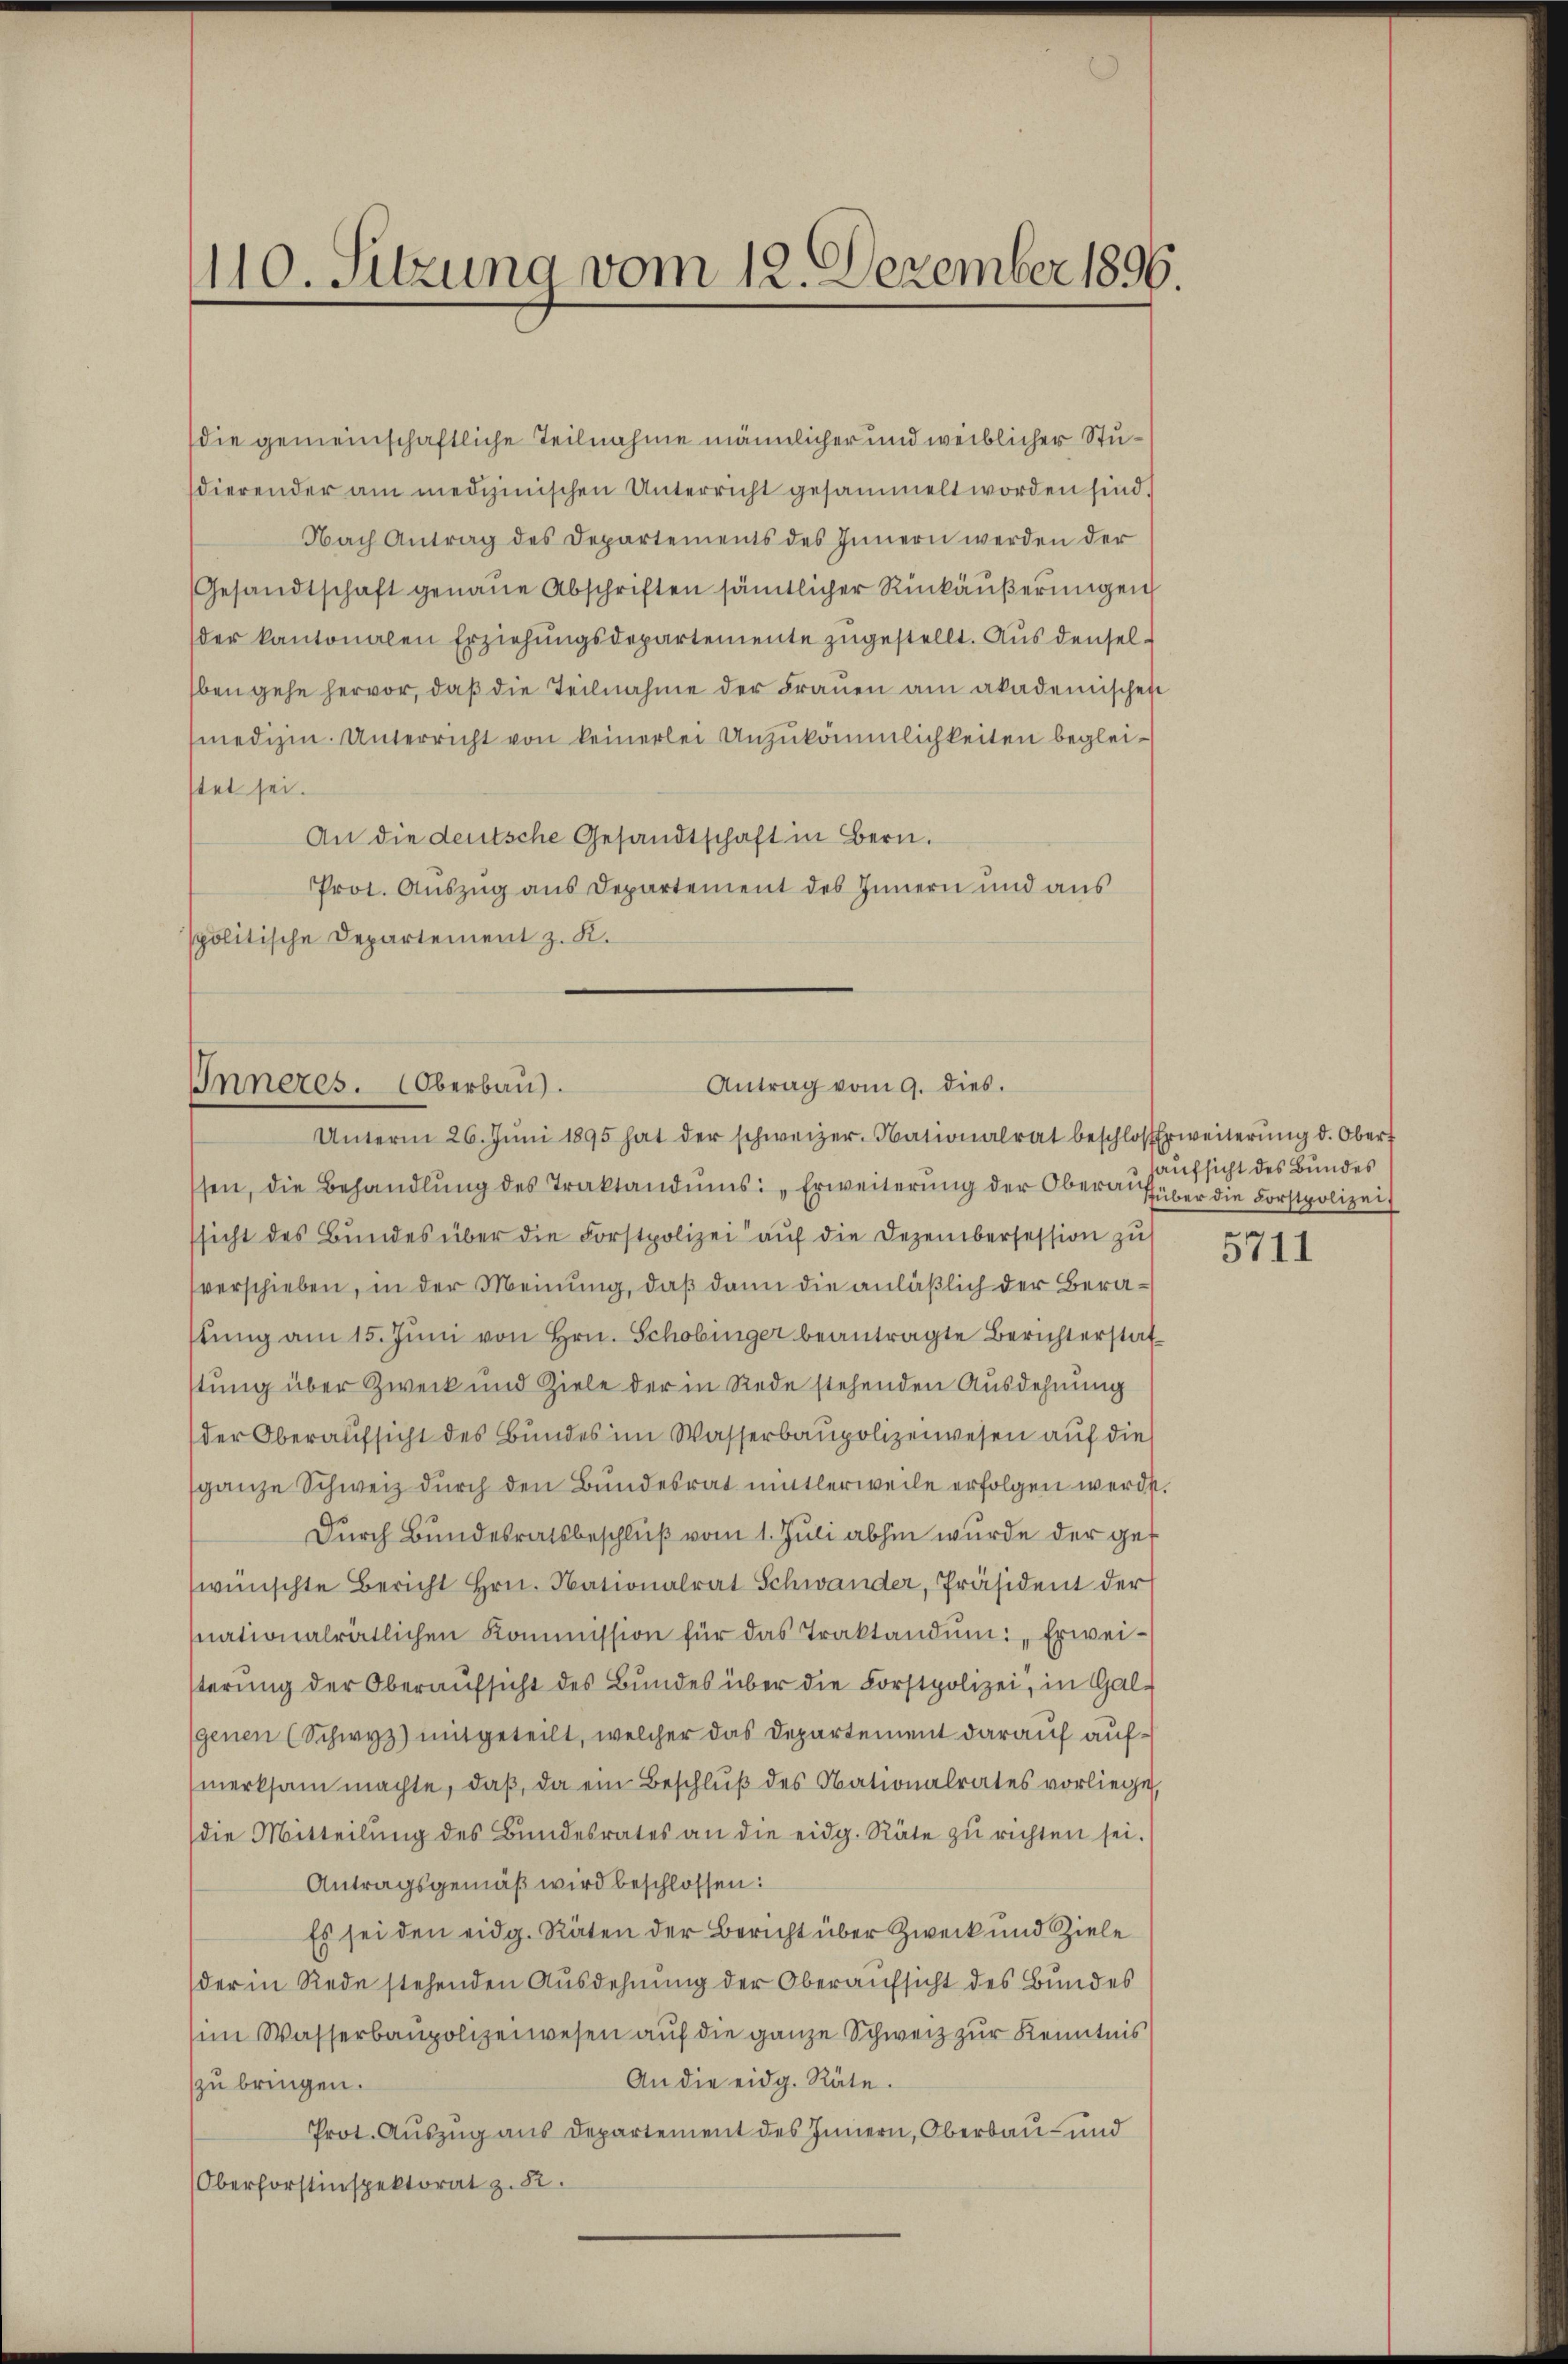
110. Sitzung vom 12. Dezember 1896

die gemeinschaftliche Teilnahme männlicher und weiblicher Studierender am medizinischen Unterricht gesammelt worden sind.
Nach Antrag des Departements des Innern werden der
Gesandtschaft genaue Abschriften sämtlicher Rückäußerungen
der kantonalen Erziehungsdepartemente zugestellt. Aus denselben gehe hervor, daß die Teilnahme der Frauen am akademischen
medizin. Unterricht von keinerlei Unzukömmlichkeiten begleistet sei.
An die deutsche Gesandtschaft in Bern.
Prot. Auszug aus Departement des Innern und aus
spolitische Departement z. K.

Antrag vom 9. dies.
Inneres. Oberbau
Unterm 26. Jŭni 1895 hat der schweizer. Nationalrat beschlosserweiterŭng d. Obert

ssen, die Behandlŭng des Traktandŭms: „Erweiterŭng der Obera über die Forstpolizei
ssicht des Bundes über die Forstpolizei aŭf die Dezembersession zu
verschieben, in der Meinung, daß dann die anläßlich der Berastŭng am 15. Jŭni von Hrn. Schobinger beantragte Berichterstatstung über Zweck und Ziele der in Rede stehenden Ausdehnung
der Oberaufsicht des Bundes im Wasserbaupolizeiwesen auf die
ganze Schweiz durch den Bundesrat mitlerweile erfolgen werde.
Durch Bundesratsbeschluß vom 1. Juli abhin wurde der get
wünschte Bericht Hrn. Nationalrat Schwander, Präsident der
nationalrätlichen Kommission für das Traktandŭm: „Erweiterŭng der Oberaŭfsicht des Bŭndes über die Forstpolizei, in Gal-
genen (Schwyz) mitgeteilt, welcher das Departement darauf aufmerksam machte, daß, da ein Beschluß des Nationalrates vorliege
die Mitteilŭng des Bŭndesrates an die eidg. Räte zŭ richten sei.
Antragsgemäß wird beschlossen:
Es sei den eidg. Räten der Bericht über Zweck und Ziele
der in Rede stehenden Ausdehnung der Oberaufsicht des Bundes
im Wasserbaupolizeiwesen auf die ganze Schweiz zur Kenntnis
An die eidg. Räte.
zu bringen.
Prot. Auszug aus Departement des Innern, Oberbau- und
Oberforstinspektorat z. B.

haufsicht des Bundes

5711